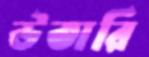
উতারি